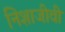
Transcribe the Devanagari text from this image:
निशाजीवी